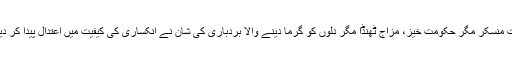
طبیعت منسکر مگر حکومت خیز، مزاج ٹھنڈا مگر دلوں کو گرما دینے والا بردباری کی شان نے انکساری کی کیفیت میں اعتدال پیدا کر دیا ہے۔